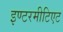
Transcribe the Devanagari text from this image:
इण्टरमीटिएट